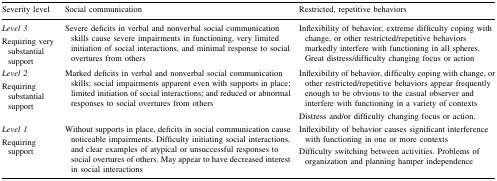
<table><thead><tr><td><b>Severity level</b></td><td><b>Social communication</b></td><td><b>Restricted, repetitive behaviors</b></td></tr></thead><tbody><tr><td><i>Level 3</i>Requiring very substantial support</td><td>Severe deficits in verbal and nonverbal social communication skills cause severe impairments in functioning, very limited initiation of social interactions, and minimal response to social overtures from others</td><td>Inflexibility of behavior, extreme difficulty coping with change, or other restricted/repetitive behaviors markedly interfere with functioning in all spheres. Great distress/difficulty changing focus or action</td></tr><tr><td><i>Level 2</i>Requiring substantial support</td><td>Marked deficits in verbal and nonverbal social communication skills; social impairments apparent even with supports in place; limited initiation of social interactions; and reduced or abnormal responses to social overtures from others</td><td>Inflexibility of behavior, difficulty coping with change, or other restricted/repetitive behaviors appear frequently enough to be obvious to the casual observer and interfere with functioning in a variety of contextsDistress and/or difficulty changing focus or action.</td></tr><tr><td><i>Level 1</i>Requiring support</td><td>Without supports in place, deficits in social communication cause noticeable impairments. Difficulty initiating social interactions, and clear examples of atypical or unsuccessful responses to social overtures of others. May appear to have decreased interest in social interactions</td><td>Inflexibility of behavior causes significant interference with functioning in one or more contextsDifficulty switching between activities. Problems of organization and planning hamper independence</td></tr></tbody></table>